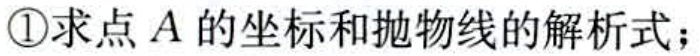
\textcircled{1}求点\(A\)的坐标和抛物线的解析式；